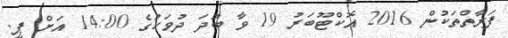
ފަރާތްތަކުން 2016 އޮކްޓޫބަރު 19 ވާ ބުދަ ދުވަހުގެ 14:00 އަށް ޕީ.